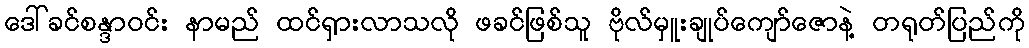
ဒေါ်ခင်စန္ဒာဝင်း နာမည် ထင်ရှားလာသလို ဖခင်ဖြစ်သူ ဗိုလ်မှူးချုပ်ကျော်ဇောနဲ့ တရုတ်ပြည်ကို